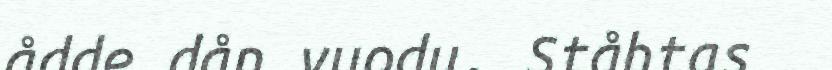
ådde dån vuodu. Ståhtas